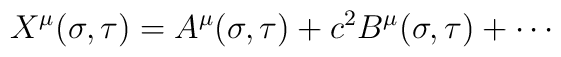
X^{\mu}({\sigma}, {\tau})=A^{\mu}({\sigma}, {\tau})+c^2B^{\mu}({\sigma}, {\tau})+ \cdots